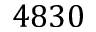
4 8 3 0